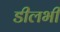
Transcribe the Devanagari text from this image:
डीलभी